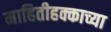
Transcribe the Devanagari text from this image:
माहितीहक्काच्या